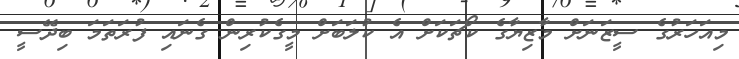
މިއަހަރުގެ ސީޒަނަށް މާޒިޔާގެ ކޯޗަކަށް އެ ކުލަބަށް މީގެކުރިން ގެނައި ފުރަތަމަ ބިދޭސީ